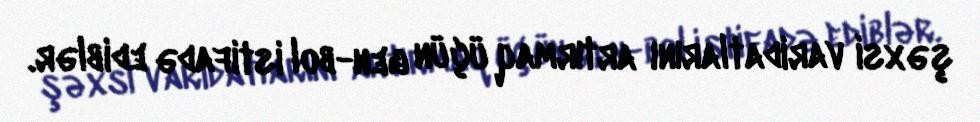
şəxsi varidatlarını artırmaq üçün gen-bol istifadə ediblər.